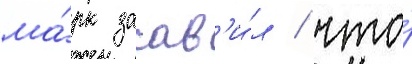
ма́рк заав'и́л / что́